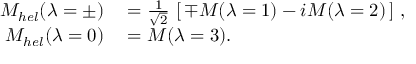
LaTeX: \begin{array} { r l } { { { \cal M } _ { h e l } ( \lambda = \pm ) } } & { { } { { } = \frac { 1 } { \sqrt { 2 } } \, \left[ \, \mp { \cal M } ( \lambda = 1 ) - i { \cal M } ( \lambda = 2 ) \, \right] \, , } } \\ { { { \cal M } _ { h e l } ( \lambda = 0 ) } } & { { } { { } = { \cal M } ( \lambda = 3 ) . } } \end{array}